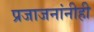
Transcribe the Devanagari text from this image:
प्रजाजनांनीही